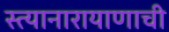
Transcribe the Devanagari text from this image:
स्त्यानारायाणाची